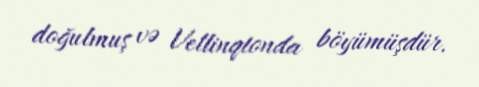
doğulmuş və Vellinqtonda böyümüşdür.